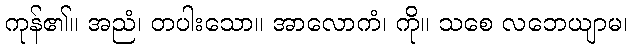
ကုန်၏။ အညံ၊ တပါးသော။ အာလောကံ၊ ကို။ သစေ လဘေယျာမ၊